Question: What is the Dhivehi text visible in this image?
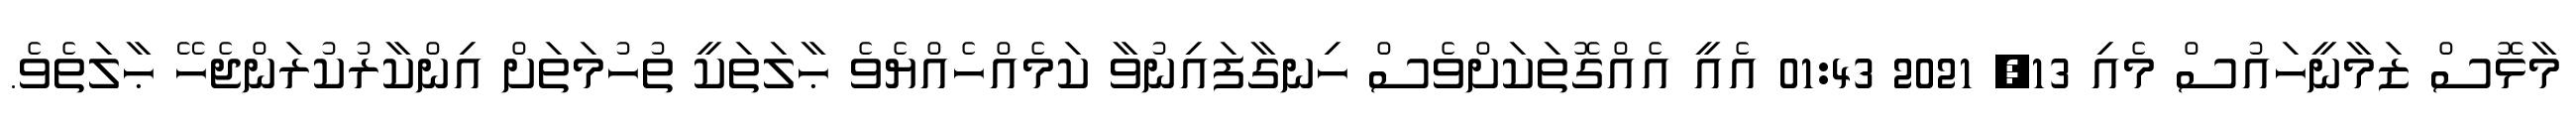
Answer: މާޅޮސް ޒަމާނީހައުސް މެއި 13, 2021 01:43 އެއީ އެއްގޮތަކަށްވެސް ހިނގާފައިނުވާ ކަމެއްހެއްޔެވެ ޙާލަތަކީ ތުހުމަތަށް އިންކާރުކުރަންޖެހޭ ޙާލަތެވެ.